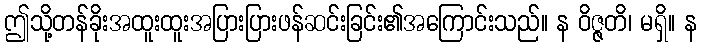
ဤသို့တန်ခိုးအထူးထူးအပြားပြားဖန်ဆင်းခြင်း၏အကြောင်းသည်။ န ဝိဇ္ဇတိ၊ မရှိ။ န